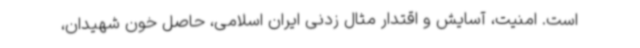
است. امنیت، آسایش و اقتدار مثال زدنی ایران اسلامی، حاصل خون شهیدان،